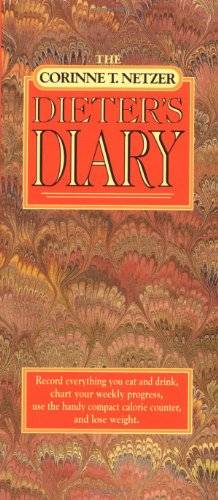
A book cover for The Corinne T. Netzer Dieter's Diary; Corinne T. Netzer; Health, Fitness & Dieting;